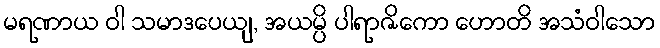
မရဏာယ ဝါ သမာဒပေယျ, အယမ္ပိ ပါရာဇိကော ဟောတိ အသံဝါသော